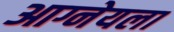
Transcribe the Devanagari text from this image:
आग्नेयला